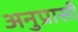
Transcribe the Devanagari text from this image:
अनुप्रासी